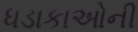
ધડાકાઓની